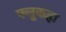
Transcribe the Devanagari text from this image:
फ्लूकहा